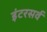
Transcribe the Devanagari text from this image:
इंटरसर्व